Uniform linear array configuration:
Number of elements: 12
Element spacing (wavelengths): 0.25
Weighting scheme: blackman
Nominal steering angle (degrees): -15
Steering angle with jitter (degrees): -13.295
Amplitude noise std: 0.05
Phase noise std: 0.05

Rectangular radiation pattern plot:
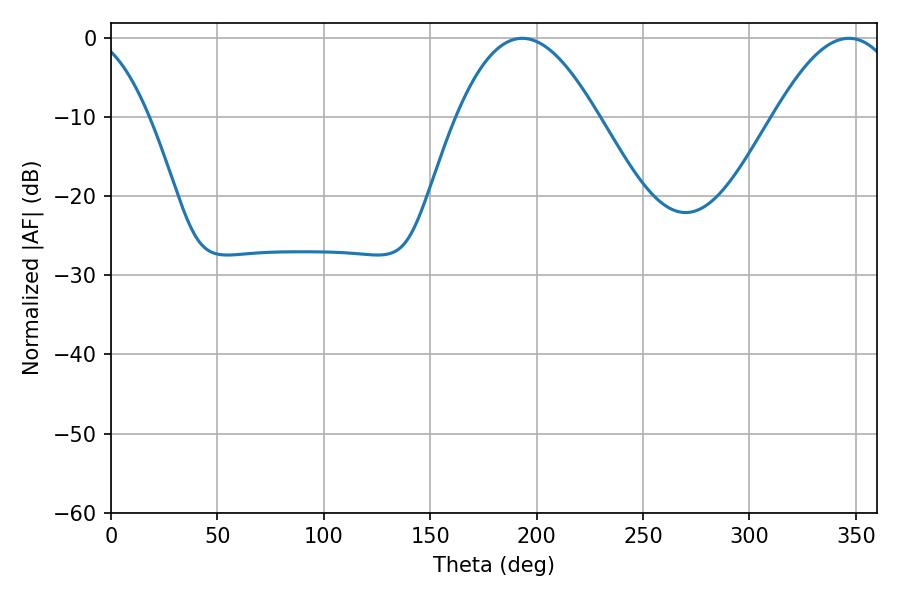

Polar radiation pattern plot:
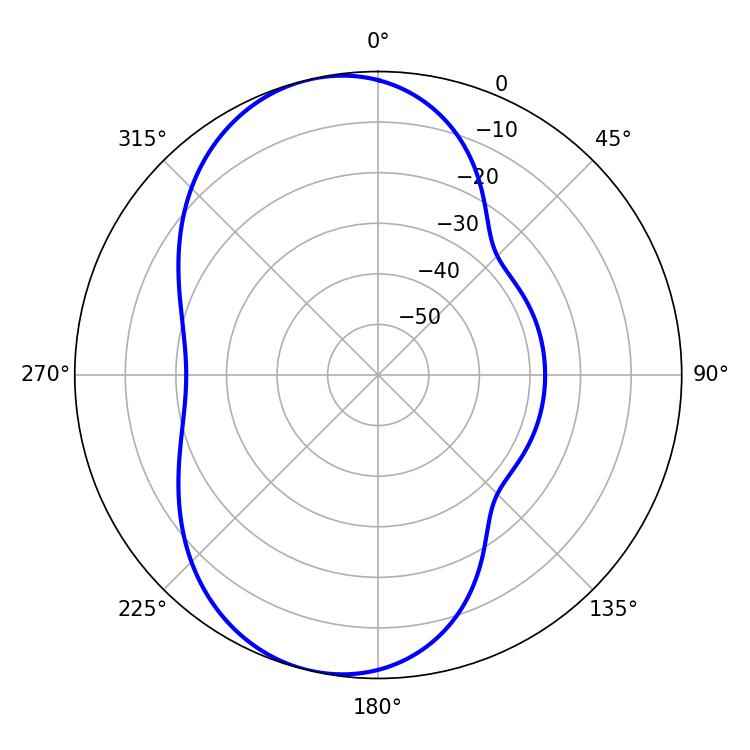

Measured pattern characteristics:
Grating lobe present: FALSE
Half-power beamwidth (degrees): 36.18
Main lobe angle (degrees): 193.32